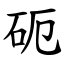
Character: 砈